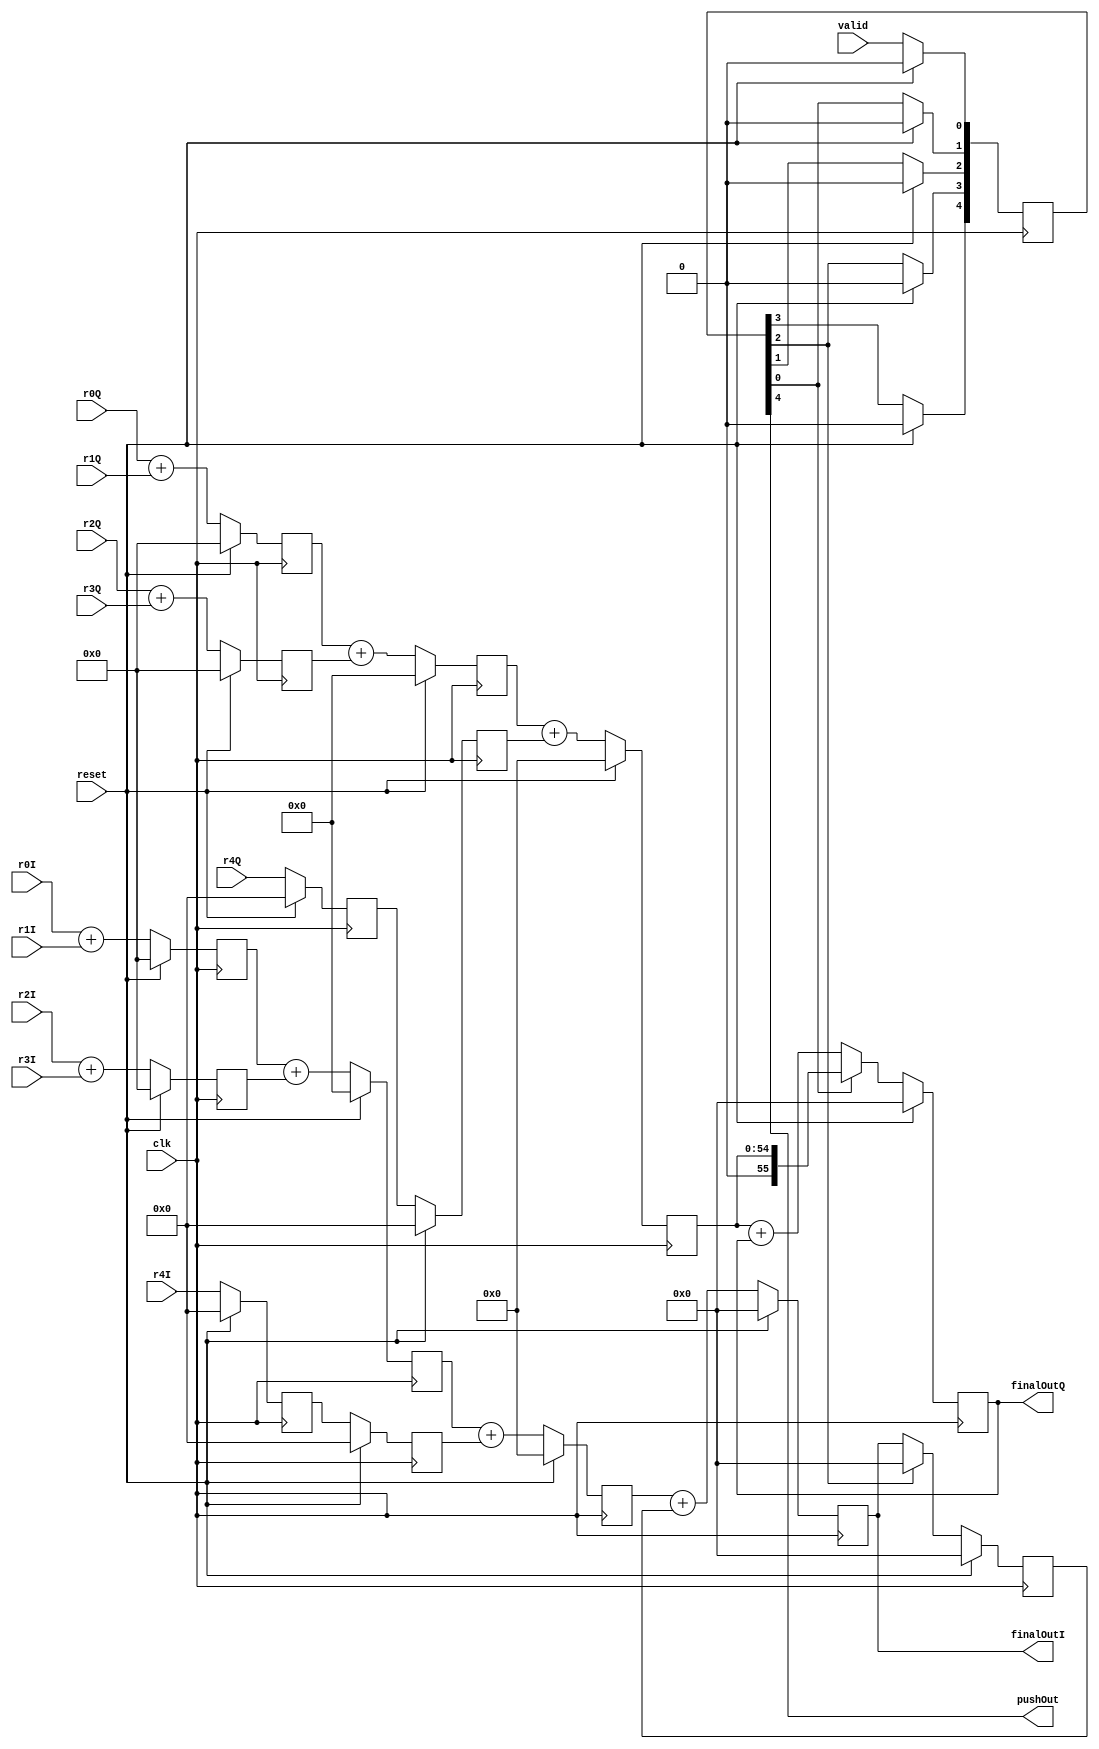


module Accumulator (input wire clk,
              input wire valid,                // reset
              input wire reset,
              input wire [51:0] r0I,
              input wire [51:0] r0Q,
              input wire [51:0] r1I,
              input wire [51:0] r1Q,
              input wire [51:0] r2I,
              input wire [51:0] r2Q,
              input wire [51:0] r3I,
              input wire [51:0] r3Q,
              input wire [51:0] r4I,
              input wire [51:0] r4Q,
              output wire pushOut,
              output wire [55:0] finalOutI,
              output wire [55:0] finalOutQ);
   

          reg [51:0] r4bI;
          reg [51:0] r4bbI;
          reg [52:0] r01I, r23I;
          reg [53:0] r0123I;
          reg [54:0] r01234I;
          reg [55:0] r01234AI;

          reg [51:0] r4bQ;
          reg [51:0] r4bbQ;
          reg [52:0] r01Q, r23Q;
          reg [53:0] r0123Q;
          reg [54:0] r01234Q;
          reg [55:0] r01234AQ;

          reg [55:0] accI;
          reg [55:0] accQ;

          reg [4:0] vBuff;

          assign finalOutI = r01234AI;
          assign finalOutQ = r01234AQ;
          assign pushOut = vBuff[4];

    //always @ (posedge clk) begin
    //    if (reset)
    //        vBuff <= 4'b0;

    //    else
    //        vBuff <= {vBuff[3:0], valid};
    //end

    always@(posedge clk) begin
        if(reset) begin
            vBuff <= 'b0;
           r4bI <= 'b0;
           r4bbI <= 'b0;
           r01I <= 'b0;
           r23I <= 'b0;
           r0123I <= 'b0;
           r01234I <= 'b0;
           r01234AI <= 'b0;

           r4bQ <= 'b0;
           r4bbQ <= 'b0;
           r01Q <= 'b0;
           r23Q <= 'b0;
           r0123Q <= 'b0;
           r01234Q <= 'b0;
           r01234AQ <= 'b0;

           accI <= 'b0;
           accQ <= 'b0;
        end
        else begin
            // Real
            
            // stage 0
            vBuff[0] <= valid;
            r01I <= r0I + r1I;
            r23I <= r2I + r3I;
            r4bI <= r4I;

            // stage 1
            vBuff[1] <= vBuff[0];
            r0123I <= r01I + r23I;
            r4bbI <= r4bI;

            // stage 2
            vBuff[2] <= vBuff[1];
            r01234I <= r0123I + r4bbI;

            // stage 3
            vBuff[3] <= vBuff[2];
            r01234AI <= r01234I + accI;
            accI <= vBuff[2] ? 'b0 : r01234AI;

            vBuff[4] <= vBuff[3];


            r01Q <= r0Q + r1Q;
            r23Q <= r2Q + r3Q;
            r4bQ <= r4Q;

            r0123Q <= r01Q + r23Q;
            r4bbQ <= r4bQ;

            r01234Q <= r0123Q + r4bbQ;

            r01234AQ <= r01234Q + accQ;
            accQ <= vBuff[2] ? 'b0 : r01234AQ;

            //if(!vBuff[0]) 
            //r01234AI <= r01234I + r01234AI;
            //else
            //    r01234AI <= r01234I;

            // Ima
            //if(!vBuff[0]) begin 
            //    r01Q <= 0;
            //    r23Q <= 0;
            //    r4bQ <= 0;
            //end
            //else begin
                r01Q <= r0Q + r1Q;
                r23Q <= r2Q + r3Q;
                r4bQ <= r4Q;
            //end

            r0123Q <= r01Q + r23Q;
            r4bbQ <= r4bQ;

            r01234Q <= r0123Q + r4bbQ;


            if(!vBuff[0]) 
            r01234AQ <= r01234Q + r01234AQ;
            else
                r01234AQ <= r01234Q;
        end
    end
   
endmodule